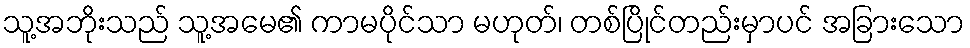
သူ့အဘိုးသည် သူ့အမေ၏ ကာမပိုင်သာ မဟုတ်၊ တစ်ပြိုင်တည်းမှာပင် အခြားသော